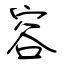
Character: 容